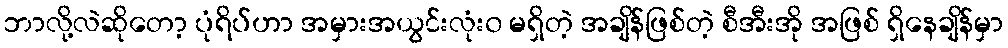
ဘာလို့လဲဆိုတော့ ပုံရိပ်ဟာ အမှားအယွင်းလုံး၀ မရှိတဲ့ အချိန်ဖြစ်တဲ့ စီအီးအို အဖြစ် ရှိနေချိန်မှာ